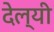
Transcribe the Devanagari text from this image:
देल्यी